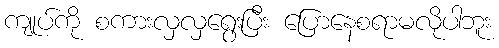
ကျုပ်ကို စကားလှလှရွေးပြီး ပြောနေစရာမလိုပါဘူး